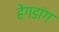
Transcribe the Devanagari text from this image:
हेंगडांग